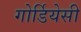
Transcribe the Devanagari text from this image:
गोर्डियेसी